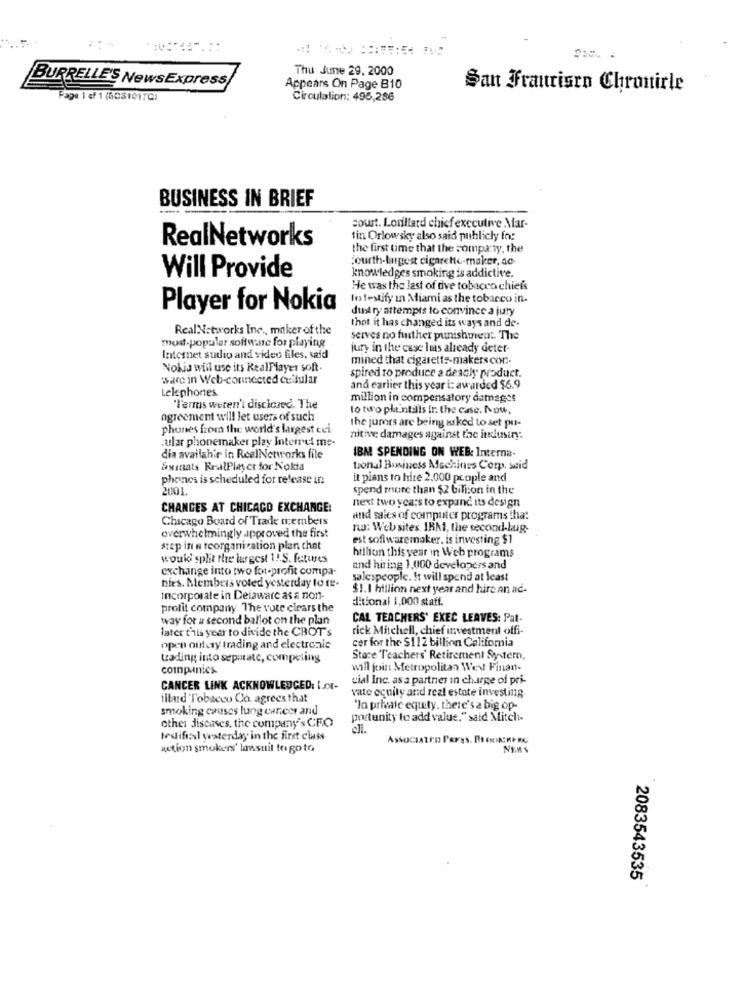
Thu June 29, 2000
BURRELLE'S NewsExpress/
Appears On Page B10
San Francisco Chronicle
Page 1 of 1 (50810170)
Circulation: 495,286
BUSINESS IN BRIEF
court. Lorillard chief executive Mar-
RealNetworks
tin Orlowsky also said publicly for
the first time that the company, the
fourth-largest cigarette-maker, ac
Will Provide
knowledges smoking is addictive.
He was the last of tive tobacco chiefs
to testify In Miami as the tobacco in-
Player for Nokia
dust ry attempts to convince a jury
thot it has changed its ways and de-
RealNetworks Inc ., maker of the
serves no further punishment The
most popular software for playing
jury in the case lus already deter-
Internet audio and video files, said
mined that cigaretts-makers con
Nokia will use its RealPlayer soft.
'sare in Web-connected cellular
spired to produce a deadly product.
Lelephones
and earlier this year i: awarded $6.9
million in compensatory damages
"Terms weren't disclosed. The
to two pleintalis Ir: the case. Now,
agreement will let users of such
phones from the world's largest cui-
the jurors are being asked to set pu-
.ular phonemaker play Interret me-
nitive damages against the industry:
dia availahir in ReelNetworks file
IBM SPENDING ON WEB: Interna.
Sxmats RealPlayer for Nokia
tional Business Machines Corp. said
phones is scheduled for release in
it pians to hire 2,000 people and
2001.
spend more than $2 bilion in the
next two years to expand its design
CHANCES AT CHICAGO EXCHANGE:
Chicago Board of Trade members
and sales of computer programs that
rw: Web sites. IBM1, the second-lag-
overwhelmingly approved the first
est softwaremaker. is investing $1
step in a reorganization plan chet
hillion this year in Web programs
would split fre largest 1 !. S. features
exchange into two for-profit compa-
and hiring 1,0100 developers and
salespeople. It will spend at least
nies. Members voted yesterday to re-
$1.1 hillion next year and hire an ac-
Incorporate in Delaware as a non-
ditional 1,000 staff.
profit company. The vote clears the
way for a second ballot on the plan
CAL TEACHERS' EXEC LEAVES: Pat-
later this year to divide the CBOT's
rick Mitchell, chief investment offi-
cer for the $112 billion California
open outcry trading and electronic
trading into seputate, competing
Store Teachers' Retirement Systemn,
companies
will join Metropolitan West Finan-
cial Inc. as a partner in charge of pri-
CANCER LINK ACKNOWLEDGED: Lot-
vate equity and real estate investing
illard Tobacco Co. agrees that
smoking causes lung cancer and
'In private equity. there's a big op-
other diseases, the company's CFO
postunity to add value," said Mitcli-
coll.
tedificul waterday in the first class
Associatro FEFss. PI ONERA RG
action smokers' lawsuit to go to
2083543535